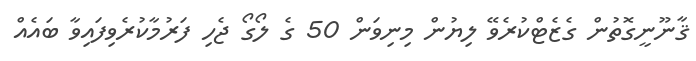
ޤާނޫނީގޮތުން ގެޒެޓްކުރެވޭ ލިޔުން މިނިވަން 50 ގެ ލޯގޯ ޖެހި ފަރުމާކުރެވިފައިވާ ބައެއް